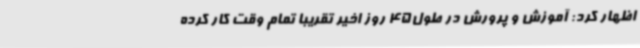
اظهار کرد:‌ آموزش و پرورش در طول45 روز اخیر تقریبا تمام وقت کار کرده